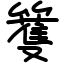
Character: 籆